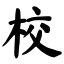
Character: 校